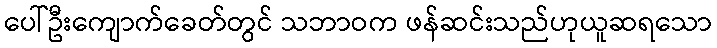
ပေါ်ဦးကျောက်ခေတ်တွင် သဘာဝက ဖန်ဆင်းသည်ဟုယူဆရသော